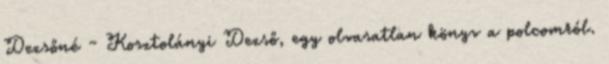
Dezsőné - Kosztolányi Dezső, egy olvasatlan könyv a polcomról.